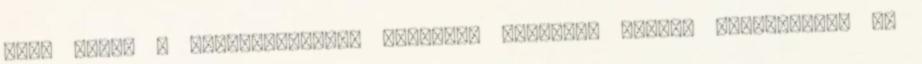
Andy Weir, a Mentőexpedíció alapjául szolgáló regény szerzőjének új